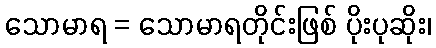
သောမာရ = သောမာရတိုင်းဖြစ် ပိုးပုဆိုး၊